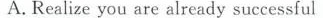
A. Realize you are already successful